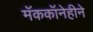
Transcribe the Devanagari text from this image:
मॅककॉनेहीने